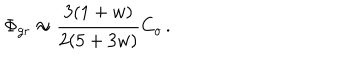
\Phi _ { \mathrm { g r } } \approx { \frac { 3 ( 1 + w ) } { 2 ( 5 + 3 w ) } } C _ { o } \, .